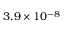
3 . 9 \times 1 0 ^ { - 8 }